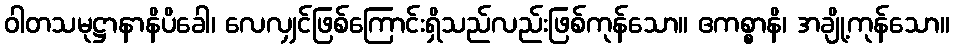
ဝါတသမုဋ္ဌာနာနိပိခေါ၊ လေလျှင်ဖြစ်ကြောင်းရှိသည်လည်းဖြစ်ကုန်သော။ ဧကစ္စာနိ၊ အချို့ကုန်သော။